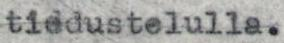
tiedustelulla.